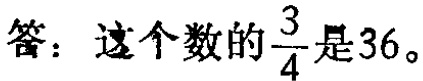
答：这个数的$\frac{3}{4}$是36。